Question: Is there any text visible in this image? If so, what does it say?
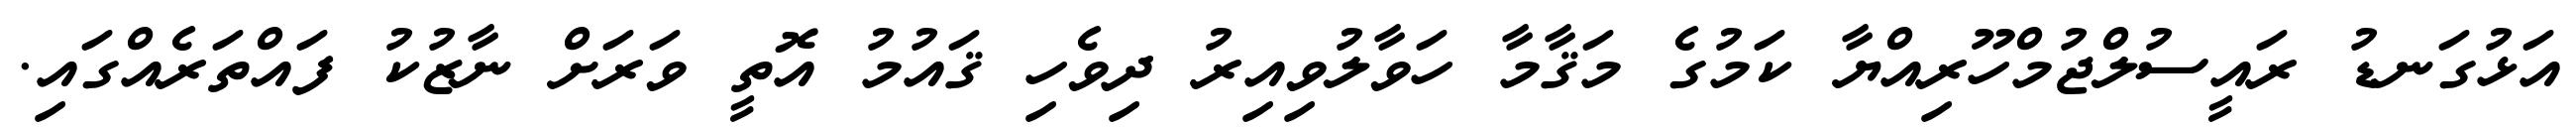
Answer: އަޅުގަނޑު ރައީސުލްޖުމްހޫރިއްޔާ ކަމުގެ މަޤާމާ ހަވާލުވިއިރު ދިވެހި ޤައުމު އޮތީ ވަރަށް ނާޒުކު ފައްތަރެއްގައި.